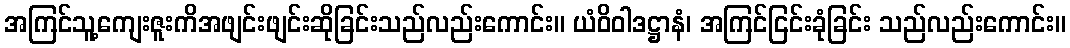
အကြင်သူ့ကျေးဇူးကိအဖျင်းဖျင်းဆိုခြင်းသည်လည်းကောင်း။ ယံဝိဝါဒဋ္ဌာနံ၊ အကြင်ငြင်းခုံခြင်း သည်လည်းကောင်း။